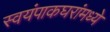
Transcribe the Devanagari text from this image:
स्वयंपाकघरांमध्ये